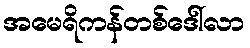
အမေရိကန်တစ်ဒေါ်လာ